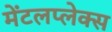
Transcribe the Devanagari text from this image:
मेंटलप्लेक्स